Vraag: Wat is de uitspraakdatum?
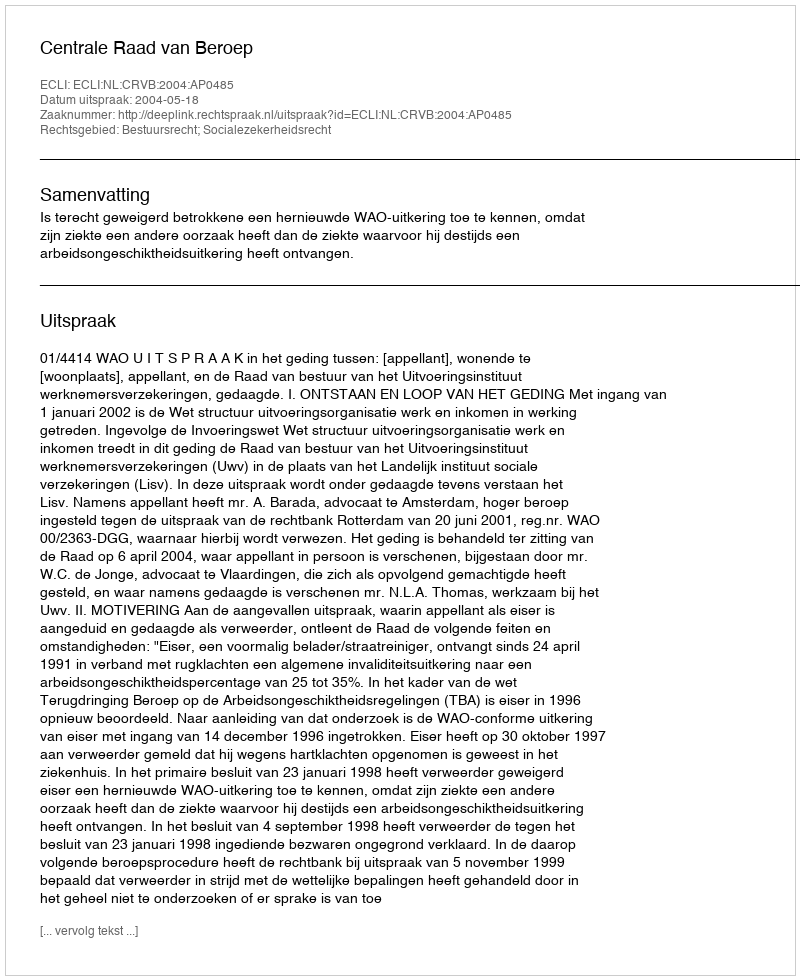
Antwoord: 2004-05-18